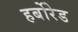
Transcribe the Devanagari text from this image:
हर्बोरेड